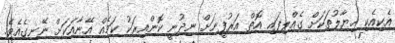
އެކިއެކި ޚިޔާލުތަކަށް ގެއްލިފައި އޮތް އަރުފީނަށް ނިދުނީ ކޮންއިރަކު ކަމެއް އޭނާއަކަށް ނޭނގެއެވެ.